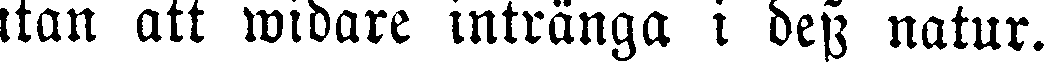
utan att widare intränga i dess natur.